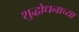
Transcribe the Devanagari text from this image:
शुद्धोधनाच्या